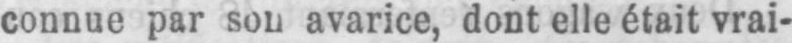
avarice, dont elle était vrai-